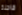
قاحلة